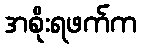
အစိုးရဖက်က